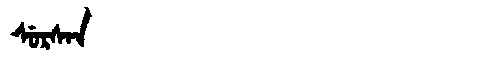
Manchu: ᠰᡠᡵᠰᠠᠨ
Romanization: SURSAN